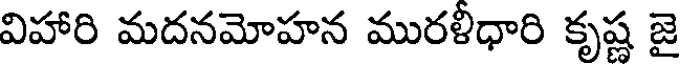
విహారి మదనమోహన మురళీధారి కృష్ణ జై